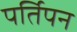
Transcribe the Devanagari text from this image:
पर्तिपन